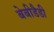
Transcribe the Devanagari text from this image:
बेबीडैडी